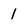
Character: 1